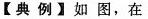
【典例】如图，在